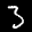
Label: 3